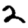
Digit: 2